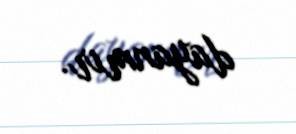
dayanmır.